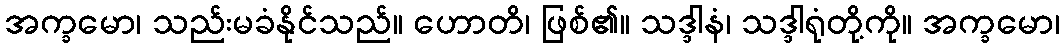
အက္ခမော၊ သည်းမခံနိုင်သည်။ ဟောတိ၊ ဖြစ်၏။ သဒ္ဒါနံ၊ သဒ္ဒါရုံတို့ကို။ အက္ခမော၊